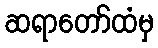
ဆရာတော်ထံမှ